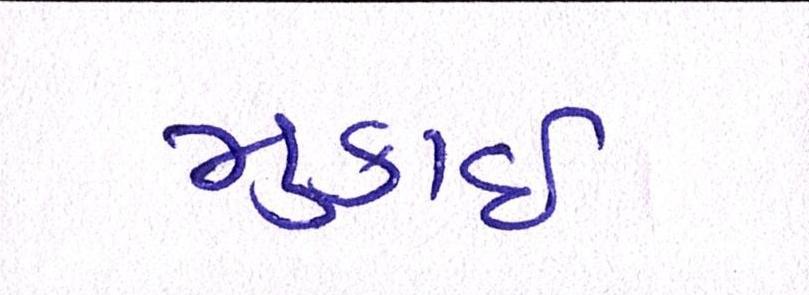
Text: મુકાઈ